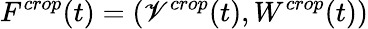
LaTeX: F^{crop}(t)=\left(\mathscr{V}^{crop}(t),W^{crop}(t)\right)